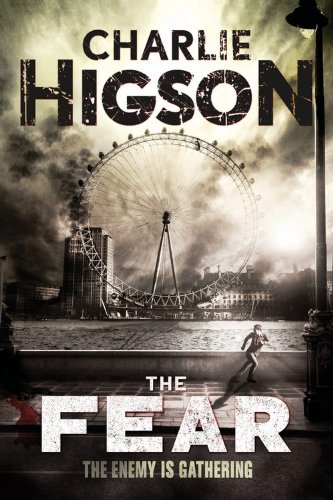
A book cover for The Fear (new cover) (An Enemy Novel); Charlie Higson; Teen & Young Adult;